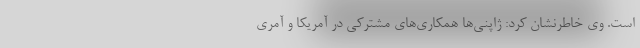
است. وی خاطرنشان کرد: ژاپنی‌ها همکاری‌های مشترکی در آمریکا و آمری